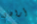
أرادني